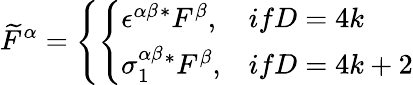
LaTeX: \widetilde F^{\alpha}=\left\{ \left\{ \begin{array}{ll}{{\epsilon^{\alpha\beta}\mathrm{}^{*}F^{\beta},}}&{{ifD=4k}}\\ {{\sigma_{1}^{\alpha\beta}\mathrm{}^{*}F^{\beta},}}&{{ifD=4k+2}}\end{array}\right.\right.